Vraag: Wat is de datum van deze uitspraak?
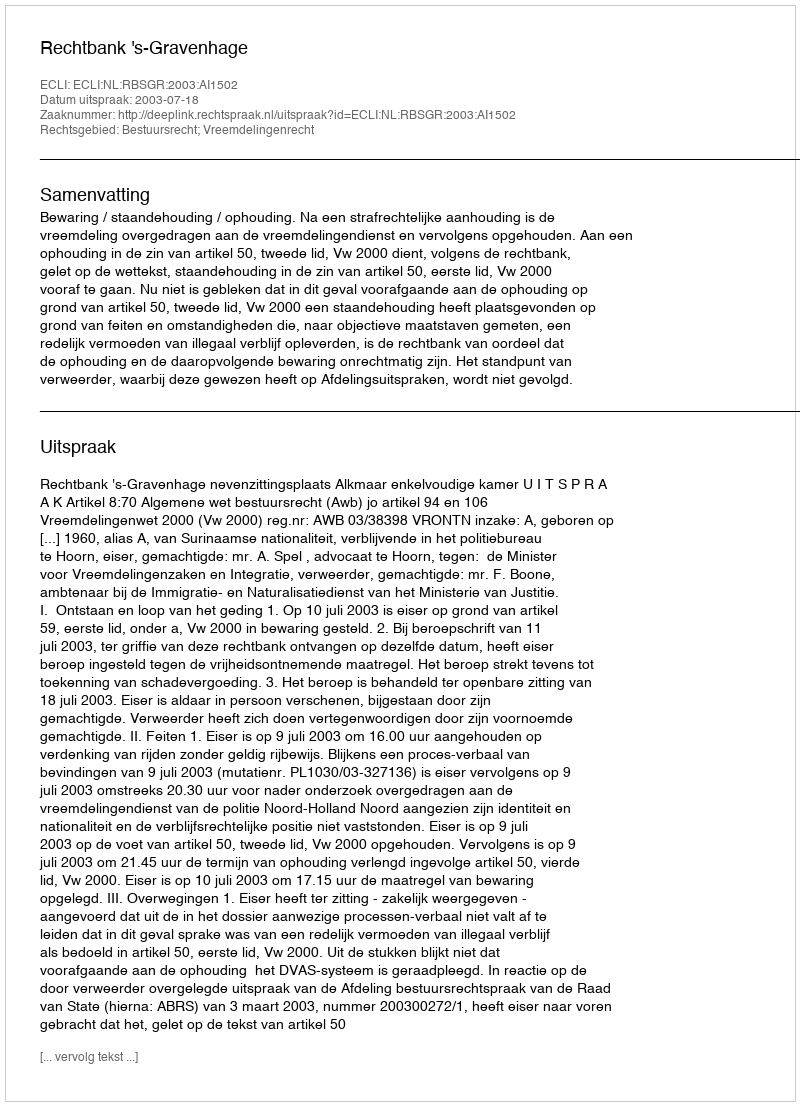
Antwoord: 2003-07-18